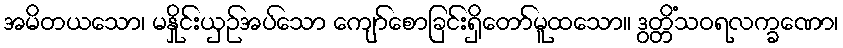
အမိတယသော၊ မနှိုင်းယှဉ်အပ်သော ကျော်စောခြင်းရှိတော်မူထသော။ ဒွတ္တိံသဝရလက္ခဏော၊